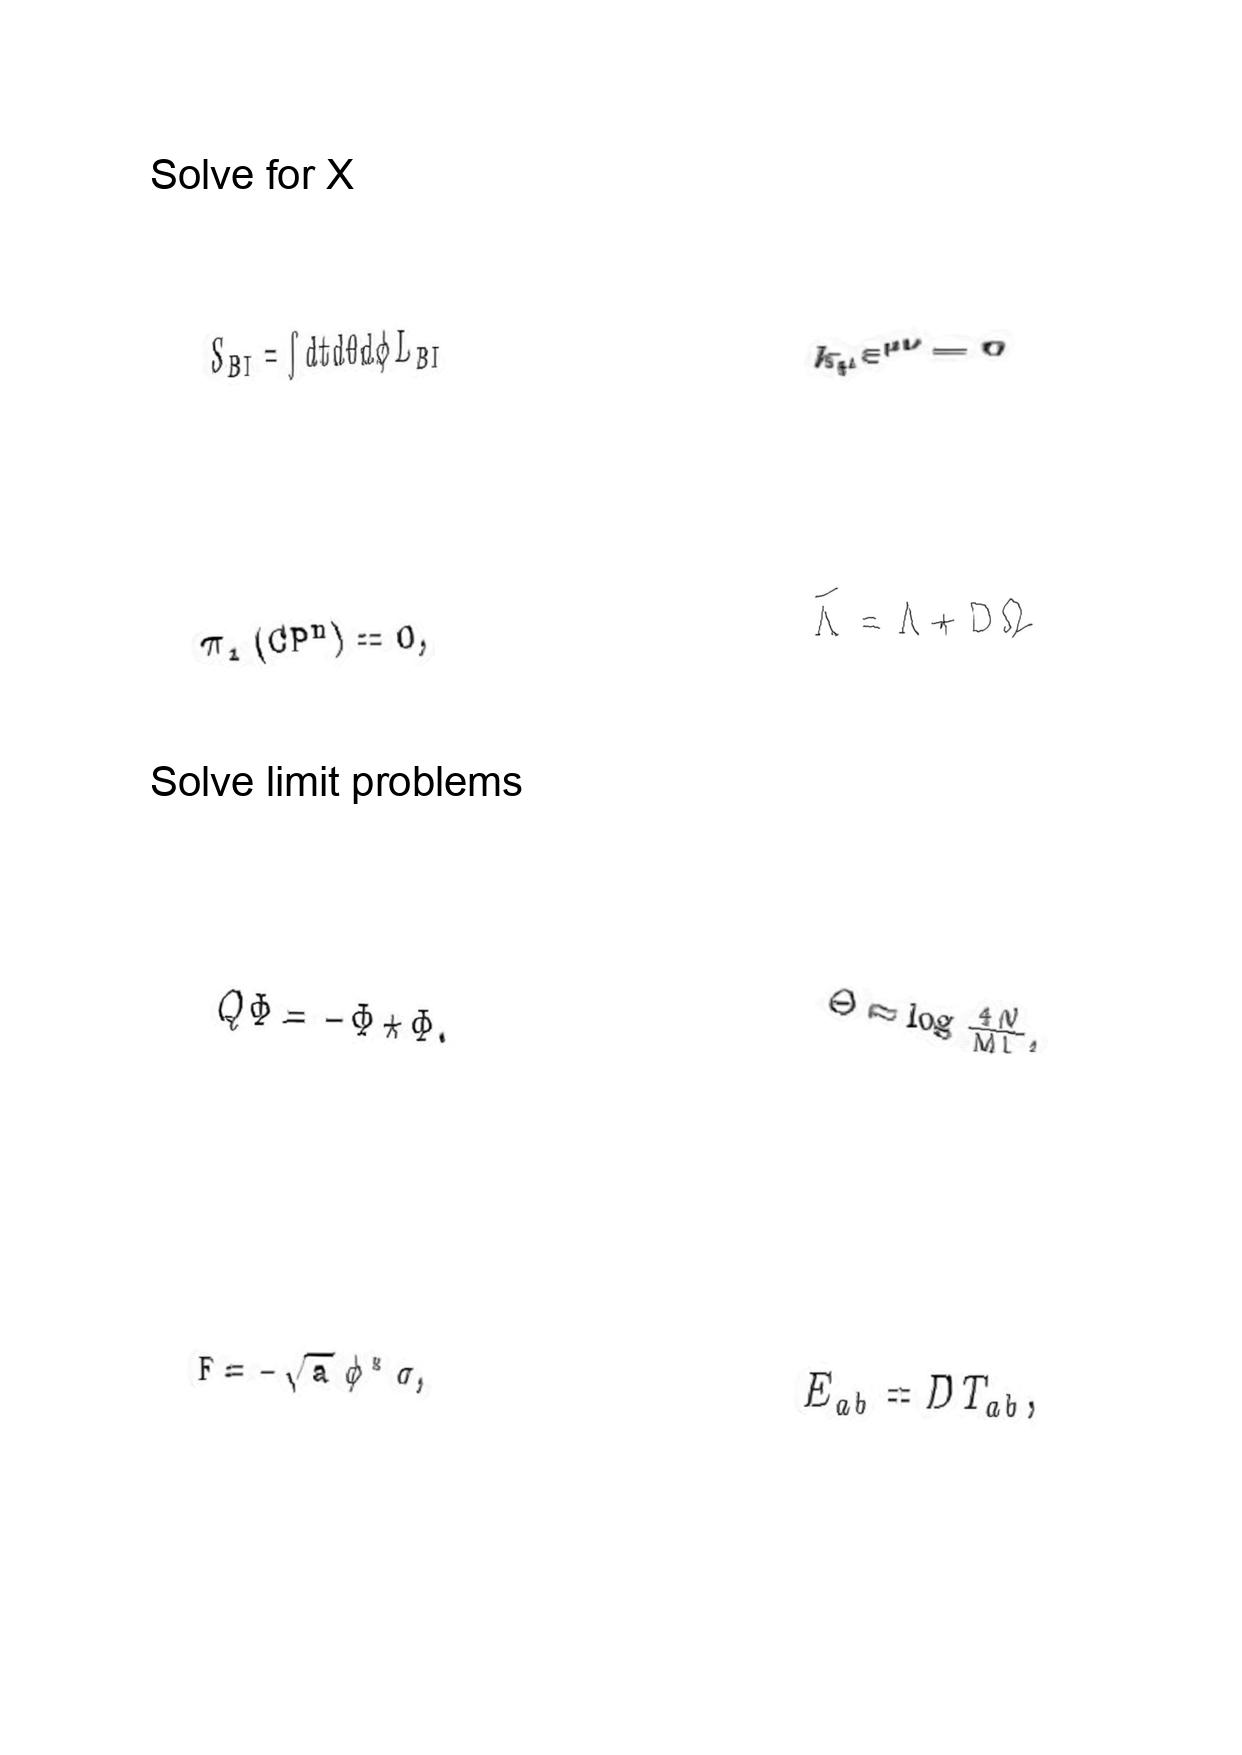
LaTeX transcription:
S _ { B I } = \int d t d \theta d \phi L _ { B I }
\pi _ { 1 } \lparen C P ^ { n } \rparen = 0 ,
Q \Phi = - \Phi \star \Phi .
F = - \sqrt { a } \phi ^ { \ast } \sigma ,
k _ { \mu } \varepsilon ^ { \mu \nu } = 0
\tilde { \Lambda } = \Lambda + D \Omega
\Theta \approx \log \frac { 4 N } { M L } ,
E _ { a b } = D T _ { a b } ,